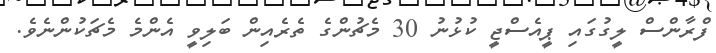
ފްރާންސް ލީގުގައި ޕީއެސްޖީ ކުޅުނު 30 މެޗުންގެ ތެރެއިން ބަލިވީ އެންމެ މެޗަކުންނެވެ.